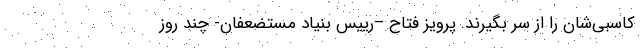
کاسبی‌شان را از سر بگیرند. پرویز فتاح –رییس بنیاد مستضعفان- چند روز